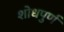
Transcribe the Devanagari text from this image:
शोधपुर्ण